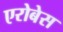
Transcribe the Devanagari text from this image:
एरोबेस